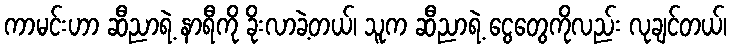
ကာမင်းဟာ ဆီညာရဲ့ နာရီကို ခိုးလာခဲ့တယ်၊ သူက ဆီညာရဲ့ ငွေတွေကိုလည်း လုချင်တယ်၊